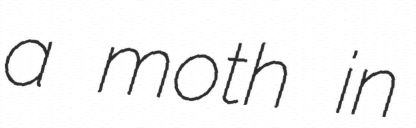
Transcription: a moth in